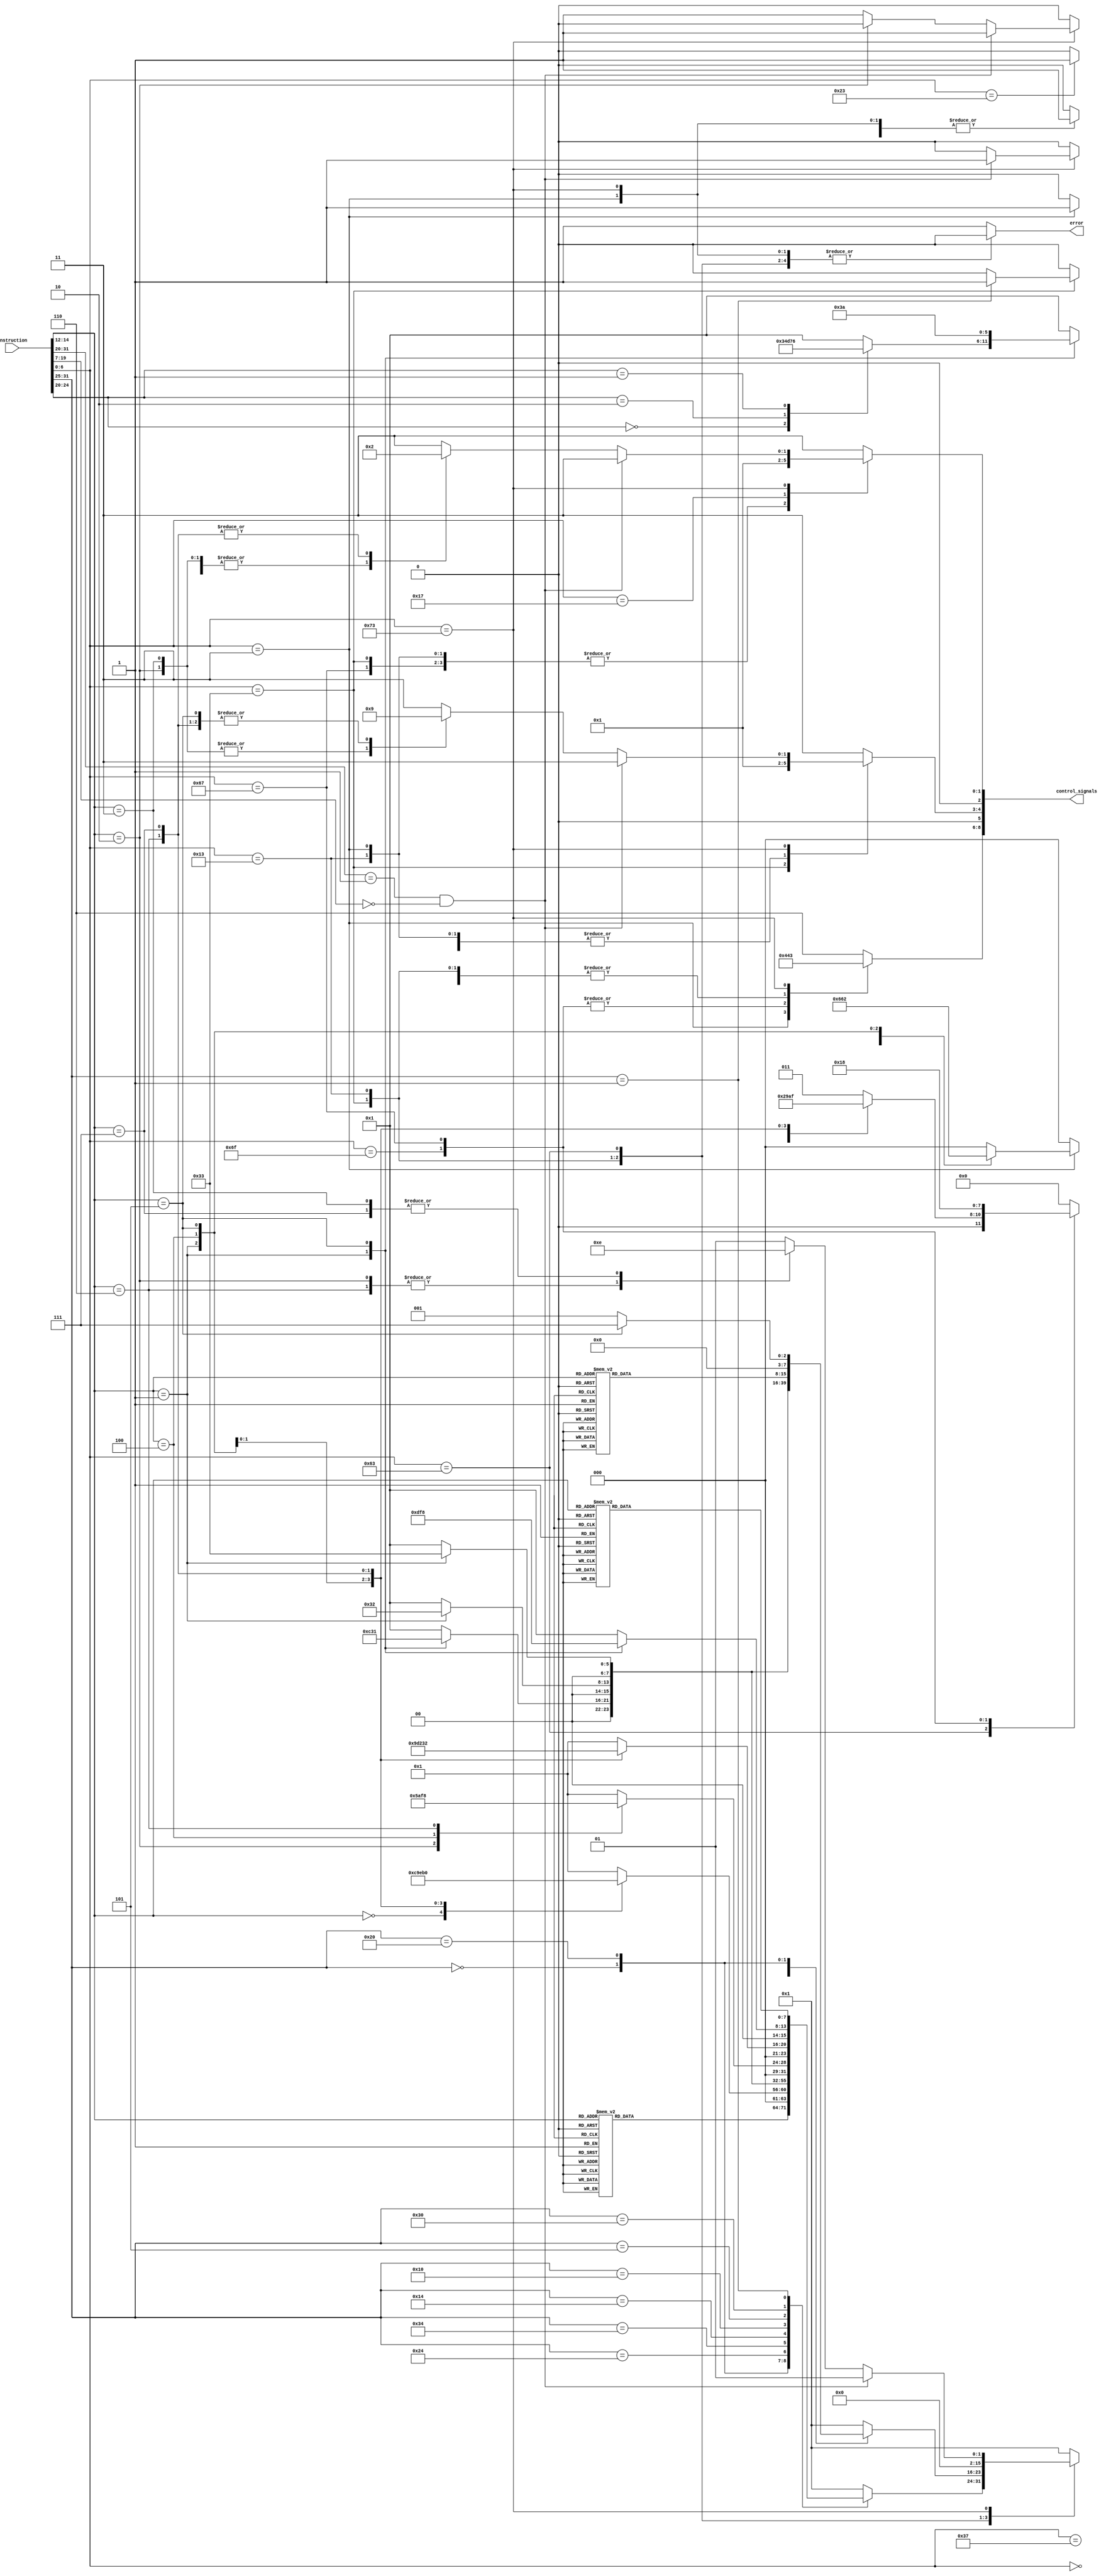
`timescale 1ns / 1ps
//////////////////////////////////////////////////////////////////////////////////
// Company: 
// Engineer: 
// 
// Design Name: 
// Module Name: Control
// Project Name: 
// Target Devices: 
// Tool Versions: 
// Description: 
// 
// Dependencies: 
// 
// Revision:
// Revision 0.01 - File Created
// Additional Comments:
// 
//////////////////////////////////////////////////////////////////////////////////

/*
    ================================  Decode module   ================================
    Author:         Wintermelon
    Last Edit:      2022.5.12

    This is the decode unit for our cpu
    decides all the control signals
*/


module Control#(
    parameter SIGNUM = 35
)
(
    input [31:0] instruction,
    output [SIGNUM-1:0] control_signals,    // The number of ctrl sigs is unsure yet
    output reg error
);

reg [2:0] sr2_mux_sel, sr1_mux_sel;
reg [2:0] rf_wb_mux_sel;
reg rf_sr1_mux_sel, rf_sr2_mux_sel;
reg rfi_we, rff_we, dm_we, dm_rd, csr_we;
reg [3:0] jump_ctrl;
reg [7:0] ccu_mode;
reg [2:0] dmu_mode;
reg ccu_ans_mux_sel;
reg ebreak;

// Below is the instruction opcode list ================================================================================================

    localparam ArithmeticR = 7'b0110011;        // RISCV 32IBM - Register
    localparam ArithmeticI = 7'b0010011;        // RISCV 32IBM - Immediate
    localparam ControlStatus = 7'b1110011;      // RISCV 32I - CSR
    localparam Conditionjump = 7'b1100011;      // RISCV 32I - Branch-type
    localparam MemoryLoad = 7'b0000011;         // RISCV 32I - Immediate(MEM)
    localparam MemoryStore = 7'b0100011;        // RISCV 32I - Store-type
    localparam JumpandlinkR = 7'b1100111;       // RISCV 32I - Jump-type(R)
    localparam JumpandlinkI = 7'b1101111;       // RISCV 32I - Jump-type(I)
    localparam Adduppertopc = 7'b0010111;       // RISCV 32I - Upper-type
    localparam Loadupperimm = 7'b0110111;       // RISCV 32I - Upper-type

    localparam FloatArithmetic = 7'b1010011;    // RISCV 32F - Arithmetic
    localparam FloatMemoryLoad = 7'b0000111;    // RISCV 32F - Immediate(MEM)
    localparam FloatMemoryStore = 7'b0100111;   // RISCV 32F - Store-type
    localparam FloatMulAdd = 7'b1000011;        // RISCV 32F - R4-type
    localparam FloatMulSub = 7'b1000111;        // RISCV 32F - R4-type
    localparam FloatMulNegAdd = 7'b1001111;     // RISCV 32F - R4-type
    localparam FloatMulNegSub = 7'b1001011;     // RISCV 32F - R4-type

/*                                              Below is the CCU working mode table 
    ========================================================================================================================
*/
    // Integer Arithmetic Logic Unit (Except MUL & DIV)
    // Code begin with 8'h0 ~ 8'h2

    // RISCV 32I ALU
    localparam SUB = 8'h00;
    localparam ADD = 8'h01;
    localparam AND = 8'h02;
    localparam OR = 8'h03;
    localparam XOR = 8'h04;
    localparam RMV = 8'h05;      // Right shift (logic)
    localparam LMV = 8'h06;      // Left shift  (logic)
    localparam ARMV = 8'h07;     // Right shift (arithmetic)
    localparam SLTS = 8'h08;      // Sign less then set bit
    localparam SLTUS = 8'h09;     // Unsign less then set bit

    // RISCV 32B ALU
    localparam ANDN = 8'h10;     // Not then and
    localparam MAX = 8'h11;      
    localparam MAXU = 8'h12;
    localparam MIN = 8'h13;
    localparam MINU = 8'h14;
    localparam ORN = 8'h15;      // Not then or
    localparam SH1ADD = 8'h16;
    localparam SH2ADD = 8'h17;
    localparam SH3ADD = 8'h18;
    localparam XNOR = 8'h19;

    // Integer Bit Calculate Unit
    // Code begin with 8'h3

    // RISCV 32B BALU
    localparam BCLR = 8'h30;     // Clear single bit
    localparam BEXT = 8'h31;     // Get single bit
    localparam BINV = 8'h32;     // Not single bit
    localparam BSET = 8'h33;     // Set single bit
    localparam CLZ = 8'h34;      // Leading zeros count
    localparam CPOP = 8'h35;     // Set bits count     
    localparam CTZ = 8'h36;      // Suffix zeros count
    localparam ROL = 8'h37;      // High bits reverse
    localparam ROR = 8'h38;      // Low bits reverse
    localparam ROLI = 8'h39;      
    localparam RORI = 8'h3A;      

    // Integer Arithmetic Unit For MUL & DIV
    // Code begin with 8'h4

    // RISCV 32M MDU
    localparam MUL = 8'h40;      // Multiply
    localparam MULH = 8'h41;     // High bit multiply
    localparam MULHSU = 8'h42;   // High bit sign - unsign multiply
    localparam MULHU = 8'h43;    // High bit unsign multiply
    localparam DIV = 8'h44;      // Divide
    localparam DIVU = 8'h45;     // Unsigned Divide
    localparam REM = 8'h46;      // Remind number
    localparam REMU = 8'h47;     // Unsigned remide number


// Below is the Branch control list ================================================================================================

    localparam NPC = 4'h0;
    localparam OFFPC = 4'h1;
    localparam NEQ = 4'h2;
    localparam EQ = 4'h3;
    localparam SLT = 4'h4;  // sign less than
    localparam ULT = 4'h5;  // unsign less than
    localparam SGT = 4'h6;  // sign greater than
    localparam UGT = 4'h7;  // unsign greater than
    localparam JALR = 4'h8; 
    
/*===================================== Control Unit signals table =====================================
    control_signals - 35 bit
    
    MUX Ctrl signal:
        control_signals[2:0] - alu-sr1mux (3)
        control_signals[5:3] - alu-sr2mux (3)
        control_signals[8:6] - rfmux (3)
        control_signals[9] - rf-sr1mux (1)
        control_signals[10] - rf-sr2mux (1)
        control_signals[11] - ccu-ansmux (1)

    CCU mode signal:
        control_signals[21:14] - alumode (8)

    Regfile writing enable:
        control_signals[22] - rfi_we (1)

    Memory working mode:
        control-signals[26:24] - dmu_mode (3)

    Data memory unit reading and writing enable:
        control_signals[27] - dm_we (1)
        control_signals[28] - dmu_rd (1)

    CSR write enable
        control_signals[29] = csr_wen (1)

    B & J control signal:
        control_signals[33:30] - jump_ctrl (4)

    Interrupt signal:
        control_signals[34] - ebreak (1)

*/ //===================================================================================================

// Below is the DMU_mode list
    localparam BY_WORD = 3'h0;
    localparam BY_HALF = 3'h1;
    localparam BY_HALF_U = 3'h2;
    localparam BY_BYTE = 3'h3;
    localparam BY_BYTE_U = 4'h4;


// Below is the mux sel info
    localparam SR1_REG = 3'b000;
    localparam SR1_PC = 3'b001;
    localparam SR1_CSR = 3'b010;
    localparam SR1_ZERO = 3'b011;

    localparam SR2_REG = 3'b000;
    localparam SR2_IMM = 3'b001;
    localparam SR2_CSR = 3'b010;
    localparam SR2_ZERO = 3'b011;

    localparam RF_CCU = 3'b000;
    localparam RF_PCP4 = 3'b001;
    localparam RF_DMU = 3'b010;
    localparam RF_CSR = 3'b011;
    localparam RF_ZERO = 3'b110;

// Below is the control signals connection
    assign control_signals[2:0] = sr1_mux_sel;
    assign control_signals[5:3] = sr2_mux_sel;
    assign control_signals[8:6] = rf_wb_mux_sel;
    assign control_signals[9] = rf_sr1_mux_sel;
    assign control_signals[10] = rf_sr2_mux_sel;
    assign control_signals[11] = ccu_ans_mux_sel;

    assign control_signals[21:14] = ccu_mode;

    assign control_signals[22] = rfi_we;
    assign control_signals[26:24] = dmu_mode;

    assign control_signals[27] = dm_we;
    assign control_signals[28] = dm_rd;
    assign control_signals[29] = csr_we;

    assign control_signals[33:30] = jump_ctrl;
    assign control_signals[34] = ebreak;


// READ ME!
// the control signals havent edited yet


always @(instruction) begin
// Initial settings
    ccu_mode = ADD;
    ccu_ans_mux_sel = 1'b0;
    dmu_mode = BY_WORD;
    ebreak = 1'b0;
    csr_we = 1'b0;
    error = 1'b0;

    sr1_mux_sel = SR1_ZERO;
    sr2_mux_sel = SR2_ZERO;
    rf_wb_mux_sel = RF_ZERO;
    
    rfi_we = 1'b0;
    dm_we = 1'b0;
    dm_rd = 1'b0;
    jump_ctrl = NPC;

    case (instruction[6:0])     // Check the opcode
        
        ArithmeticR: begin      // The arithmetic instructions (Reg)
            
            case (instruction[31:25])  // Check the func7
                7'b0000000: begin
                    case (instruction[14:12])   //Check the func3
                        3'b000: begin   // add
                            ccu_mode = ADD;
                        end

                        3'b001: begin   // sll
                            ccu_mode = LMV;
                        end

                        3'b010: begin   // slt
                            ccu_mode = SLTS;
                        end

                        3'b011: begin   // sltu
                            ccu_mode = SLTUS; 
                        end

                        3'b100: begin   // xor
                            ccu_mode = XOR;
                        end

                        3'b101: begin   // srl
                            ccu_mode = RMV;
                        end

                        3'b110: begin   // or
                            ccu_mode = OR;
                        end

                        3'b111: begin   // and
                            ccu_mode = AND;
                        end

                    endcase
                end

                7'b0100000: begin
                    case (instruction[14:12])   // Check the func3
                        3'b000: begin   // sub
                            ccu_mode = SUB;
                        end

                        3'b100: begin
                            ccu_mode = XNOR;
                        end

                        3'b101: begin   // sra
                            ccu_mode = ARMV;
                        end

                        3'b110: begin
                            ccu_mode = ORN;
                        end

                        3'b111: begin
                            ccu_mode = ANDN;
                        end

                    endcase
                end

                7'b0100100: begin
                    case(instruction[14:12])
                        3'b001: begin
                            ccu_mode = BCLR;
                        end

                        3'b101: begin
                            ccu_mode = BEXT;
                        end                                  
                    endcase
                end

                7'b0110100: begin
                    case(instruction[14:12])
                        3'b001: begin
                            ccu_mode = BINV;
                        end                     
                    endcase
                end

                7'b0010100: begin
                    case(instruction[14:12])
                        3'b001: begin
                            ccu_mode = BSET;
                        end 
                    endcase
                end

                7'b0010000: begin
                    // Shift and ADD (B)
                    case (instruction[14:12])
                        3'b010: begin
                            ccu_mode = SH1ADD;
                        end

                        3'b100: begin
                            ccu_mode = SH2ADD;
                        end

                        3'b110: begin
                            ccu_mode = SH3ADD;
                        end
                    endcase
                end

                7'b0000101: begin
                    // MAX MIN
                    case (instruction[14:12])
                        3'b100: begin
                            ccu_mode = MIN;
                        end

                        3'b101: begin
                            ccu_mode = MINU;
                        end

                        3'b110: begin
                            ccu_mode = MAX;
                        end

                        3'b111: begin
                            ccu_mode = MAXU;
                        end

                        default: begin
                            ccu_mode = ADD;
                        end
                    endcase
                end

                7'b0110000: begin
                    // Cut and reverse(B)
                    case (instruction[14:12])
                        3'b001: begin
                            ccu_mode = ROL;
                        end

                        3'b101: begin
                            ccu_mode = ROR;
                        end
                    endcase
                end

                7'b0000001: begin
                    // Mul and Div Instructions
                    ccu_ans_mux_sel = 1'b1;
                    case (instruction[14:12]) 
                        3'b000: begin
                            ccu_mode = MUL;
                        end

                        3'b001: begin
                            ccu_mode = MULH;
                        end

                        3'b010: begin
                            ccu_mode = MULHSU;
                        end

                        3'b011: begin
                            ccu_mode = MULHU;
                        end

                        3'b100: begin
                            ccu_mode = DIV;
                        end

                        3'b101: begin
                            ccu_mode = DIVU;
                        end

                        3'b110: begin
                            ccu_mode = REM;
                        end

                        3'b111: begin
                            ccu_mode = REMU;
                        end
                    endcase
                end

                default: begin  
                    ccu_mode = ADD;
                end
            endcase

            sr1_mux_sel = SR1_REG;
            sr2_mux_sel = SR2_REG;
            rf_wb_mux_sel = RF_CCU;
            rfi_we = 1'b1;
            dm_we = 1'b0;
            dm_rd = 1'b0;
            jump_ctrl = NPC;

        end

        ArithmeticI: begin
            case (instruction[31:25])
                7'b0110000: begin
                    // Cut and reverse(B)
                    // Count(B)
                    case (instruction[14:12])
                        // 3'b001: begin
                        //     ccu_mode = ROLI;
                        // end
                        3'b001: begin
                            case (instruction[24:20])
                                5'b00000: begin
                                    ccu_mode = CLZ;
                                end

                                5'b00010: begin
                                    ccu_mode = CPOP;
                                end

                                5'b00001: begin
                                    ccu_mode = CTZ;
                                end
                            endcase
                        end

                        3'b101: begin
                            ccu_mode = RORI;
                        end
                    endcase
                end

                7'b0100100: begin
                    case(instruction[14:12])
                        3'b001: begin
                            ccu_mode = BCLR;
                        end

                        3'b101: begin
                            ccu_mode = BEXT;
                        end                                  
                    endcase
                end

                7'b0110100: begin
                    case(instruction[14:12])
                        3'b001: begin
                            ccu_mode = BINV;
                        end                     
                    endcase
                end

                7'b0010100: begin
                    case(instruction[14:12])
                        3'b001: begin
                            ccu_mode = BSET;
                        end 
                    endcase
                end

                7'b0000000: begin
                    case (instruction[14:12]) // Check func3

                        3'b000: begin   // addi
                            ccu_mode = ADD;
                        end

                        3'b001: begin   // slli
                            ccu_mode = LMV;
                        end

                        3'b010: begin
                            ccu_mode = SLTS;
                        end

                        3'b011: begin
                            ccu_mode = SLTUS;
                        end

                        3'b100: begin   // xori
                            ccu_mode = XOR;
                        end 

                        3'b101: begin   // srli
                            ccu_mode = RMV;
                        end

                        3'b110: begin   // ori
                            ccu_mode = OR;
                        end

                        3'b111: begin   // andi
                            ccu_mode = AND;
                        end

                        default: begin  // the same as addi
                            ccu_mode = ADD;
                        end

                    endcase
                end

                7'b0100000: begin
                    case(instruction[14:12])
                        3'b101: begin
                            // srai
                            ccu_mode = ARMV;
                        end
                    endcase
                end
            endcase
            
            

            sr1_mux_sel = SR1_REG;
            sr2_mux_sel = SR2_IMM;
            rf_wb_mux_sel = RF_CCU;
            rfi_we = 1'b1;
            dm_we = 1'b0;
            dm_rd = 1'b0;
            jump_ctrl = NPC;

        end

        Conditionjump: begin

            ccu_mode = SUB;

            case (instruction[14:12]) 

                3'b000: begin   // beq
                    jump_ctrl = EQ;
                end

                3'b001: begin   // bne
                    jump_ctrl = NEQ;
                end

                3'b100: begin   // blt
                    jump_ctrl = SLT;
                end

                3'b101: begin   // bge
                    jump_ctrl = SGT;
                end

                3'b110: begin   // bltu
                    jump_ctrl = ULT;
                end

                3'b111: begin   // bgeu
                    jump_ctrl = UGT;
                end


                default: begin  // the same as beq
                    jump_ctrl = EQ;
                end
            endcase

            rfi_we = 1'b0;
            dm_rd = 1'b0;
            dm_we = 1'b0;

        end

        MemoryLoad: begin   
            // load
            case (instruction[14:12]) 
                3'b000: begin
                // lb, sb
                    dmu_mode = BY_BYTE;
                end

                3'b001: begin
                // lh, sh
                    dmu_mode = BY_HALF;
                end

                3'b010: begin
                // lw, sw
                    dmu_mode = BY_WORD;
                end

                3'b100: begin
                // lbu
                    dmu_mode = BY_BYTE_U;
                end

                3'b101: begin
                // lhu
                    dmu_mode = BY_HALF_U;
                end

                default: begin
                    dmu_mode = BY_WORD;
                end
                
            endcase
            sr1_mux_sel = SR1_REG;
            sr2_mux_sel = SR2_IMM;
            rf_wb_mux_sel = RF_DMU;
            rfi_we = 1'b1;
            dm_we = 1'b0;
            dm_rd = 1'b1;
            jump_ctrl = NPC;
            ccu_mode = ADD;
        end

        MemoryStore: begin  // sw
            sr1_mux_sel = SR1_REG;
            sr2_mux_sel = SR2_IMM;
            rf_wb_mux_sel = RF_ZERO;
            rfi_we = 1'b0;
            dm_we = 1'b1;
            dm_rd = 1'b0;
            jump_ctrl = NPC;
            ccu_mode = ADD;
        end

        JumpandlinkI: begin  // jal
            rf_wb_mux_sel = RF_PCP4;
            rfi_we = 1'b1;
            dm_we = 1'b0;
            dm_rd = 1'b0;
            jump_ctrl = OFFPC;
            ccu_mode = ADD;
        end

        JumpandlinkR: begin  // jalr
            sr1_mux_sel = SR1_REG;
            sr2_mux_sel = SR2_IMM;
            rf_wb_mux_sel = RF_PCP4;
            rfi_we = 1'b1;
            dm_we = 1'b0;
            dm_rd = 1'b0;
            jump_ctrl = JALR;
            ccu_mode = ADD;
        end

        Adduppertopc: begin  // auipc
            sr1_mux_sel = SR1_PC;
            sr2_mux_sel = SR2_IMM;
            rf_wb_mux_sel = RF_CCU;
            rfi_we = 1'b1;
            dm_we = 1'b0;
            dm_rd = 1'b0;
            jump_ctrl = NPC;
            ccu_mode = ADD;
        end

        Loadupperimm: begin  // lui     
            sr1_mux_sel = SR1_ZERO;
            sr2_mux_sel = SR2_IMM;
            rf_wb_mux_sel = RF_CCU;
            rfi_we = 1'b1;
            dm_we = 1'b0;
            dm_rd = 1'b0;
            jump_ctrl = NPC;
            ccu_mode = ADD;
        end

        ControlStatus: begin
            csr_we = 1'b1;
            rf_wb_mux_sel = RF_CSR;
            ccu_mode = ADD;
            rfi_we = 1'b1;
            dm_we = 1'b0;
            dm_rd = 1'b0;
            jump_ctrl = NPC;   

            if (instruction[31:20] == 12'b1 && instruction[19:7] == 13'b0) begin
                // Ebreak
                ebreak = 1'b1;
            end
            else begin
                case(instruction[14:12])
                    3'b001: begin
                        // csrrw
                        sr1_mux_sel = SR1_REG;
                        sr2_mux_sel = SR2_ZERO;
                    end

                    3'b010: begin
                        // csrrs
                        sr1_mux_sel = SR1_REG;
                        sr2_mux_sel = SR2_CSR;
                        ccu_mode = OR;
                        csr_we = 1'b0;
                    end

                    3'b011: begin
                        // csrrc
                        sr1_mux_sel = SR1_REG;
                        sr2_mux_sel = SR2_CSR;
                        ccu_mode = AND;
                    end

                    3'b101: begin
                        // csrrwi
                        sr1_mux_sel = SR1_ZERO;
                        sr2_mux_sel = SR2_IMM;
                    end

                    3'b110: begin
                        // csrrsi
                        sr1_mux_sel = SR1_CSR;
                        sr2_mux_sel = SR2_IMM;
                        ccu_mode = OR;
                    end

                    3'b111: begin
                        // csrrci
                        sr1_mux_sel = SR1_CSR;
                        sr2_mux_sel = SR2_IMM;
                        ccu_mode = AND;
                    end

                endcase
            end    
                
        end

        7'b0000000: begin   // just empty
            sr1_mux_sel = SR1_ZERO;
            sr2_mux_sel = SR2_ZERO;
            rf_wb_mux_sel = RF_ZERO;     // always zero
            rfi_we = 1'b0;
            dm_we = 1'b0;
            dm_rd = 1'b0;
            jump_ctrl = NPC;
            ccu_mode = ADD;
        end

        default: begin  // all the signals are zero
            error = 1'b1;
        end

    endcase
end



endmodule